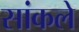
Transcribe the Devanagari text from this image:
सांकले